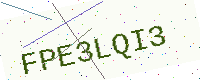
Text: FPE3LQI3